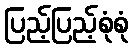
ပြည့်ပြည့်စုံစုံ